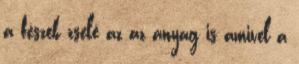
a fészek zselé az az anyag is amivel a